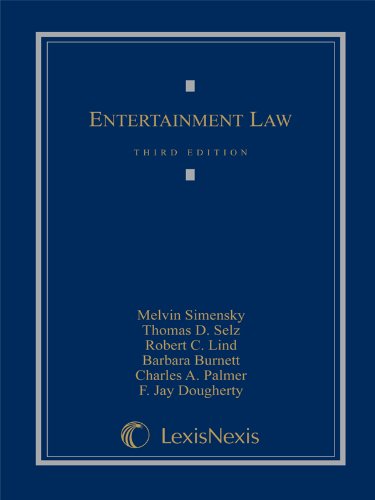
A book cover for Entertainment Law; Melvin Simensky; Law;